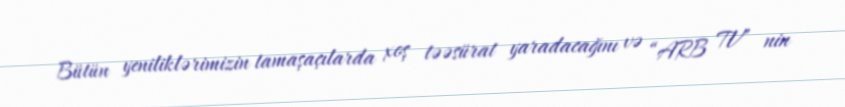
Bütün yeniliklərimizin tamaşaçılarda xoş təəsürat yaradacağını və “ARB TV” nin